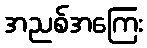
အညစ်အကြေး